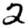
Digit: 2